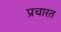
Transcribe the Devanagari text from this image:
प्रचारत